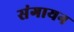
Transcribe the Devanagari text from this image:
संगायन